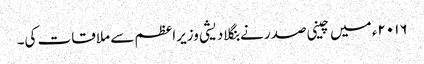
۲۰۱۶ء میں چینی صدر نے بنگلادیشی وزیراعظم سے ملاقات کی۔